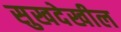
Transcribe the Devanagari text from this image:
सुखदेखील